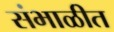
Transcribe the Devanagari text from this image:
संभाळीत